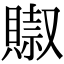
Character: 𧷌